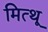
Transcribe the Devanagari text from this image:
मित्थू